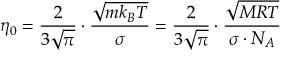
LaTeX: \quad \eta _ { 0 } = { \frac { 2 } { 3 { \sqrt { \pi } } } } \cdot { \frac { \sqrt { m k _ { B } T } } { \sigma } } = { \frac { 2 } { 3 { \sqrt { \pi } } } } \cdot { \frac { \sqrt { M R T } } { \sigma \cdot N _ { A } } }